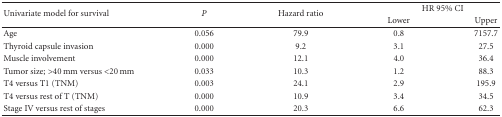
<table><thead><tr><td rowspan="2"><b>Univariate model for survival</b></td><td rowspan="2"><b><i>P</i></b></td><td rowspan="2"><b>Hazard ratio</b></td><td colspan="2"><b>HR 95% CI</b></td></tr><tr><td><b>Lower</b></td><td><b>Upper </b></td></tr></thead><tbody><tr><td>Age</td><td>0.056</td><td>79.9</td><td>0.8</td><td>7157.7</td></tr><tr><td>Thyroid capsule invasion</td><td>0.000</td><td>9.2</td><td>3.1</td><td>27.5</td></tr><tr><td>Muscle involvement</td><td>0.000</td><td>12.1</td><td>4.0</td><td>36.4</td></tr><tr><td>Tumor size; &gt;40 mm versus &lt;20 mm</td><td>0.033</td><td>10.3</td><td>1.2</td><td>88.3</td></tr><tr><td>T4 versus T1 (TNM)</td><td>0.003</td><td>24.1</td><td>2.9</td><td>195.9</td></tr><tr><td>T4 versus rest of T (TNM)</td><td>0.000</td><td>10.9</td><td>3.4</td><td>34.5</td></tr><tr><td>Stage IV versus rest of stages</td><td>0.000</td><td>20.3</td><td>6.6</td><td>62.3</td></tr></tbody></table>